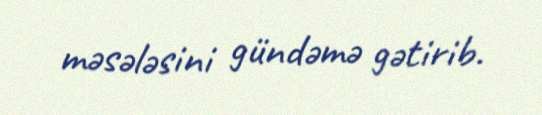
məsələsini gündəmə gətirib.